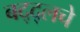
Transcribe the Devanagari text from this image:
बद्द्लचे